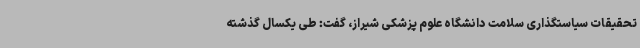
تحقیقات سیاستگذاری سلامت دانشگاه علوم پزشکی شیراز، گفت: طی یکسال گذشته